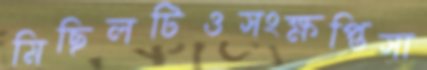
মিছিলটিওসংক্ষপ্তিসা